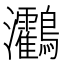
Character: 𪈯